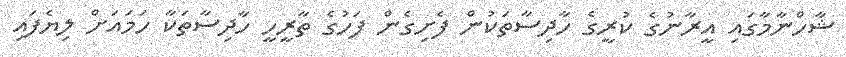
ޝާހްނާމާގައި އީރާނުގެ ކުރީގެ ހާދިސާތަކުން ފެށިގެން ފަހުގެ ތާރީހީ ހާދިސާތަކާ ހަމައަށް ލިޔެފައި